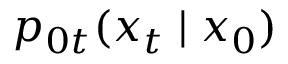
p _ { 0 t } ( \boldsymbol { x } _ { t } \mid \boldsymbol { x } _ { 0 } )